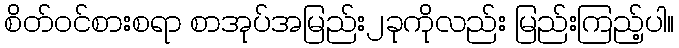
စိတ်ဝင်စားစရာ စာအုပ်အမြည်း၂ခုကိုလည်း မြည်းကြည့်ပါ။